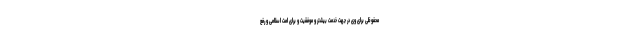
محفوظی برای وی در جهت خدمت بیشتر و موفقیت و برای امت اسلامی و رفع